Insane asylums in Bengal annual reports 1876-1887 - 1876-1887
Year: 1876
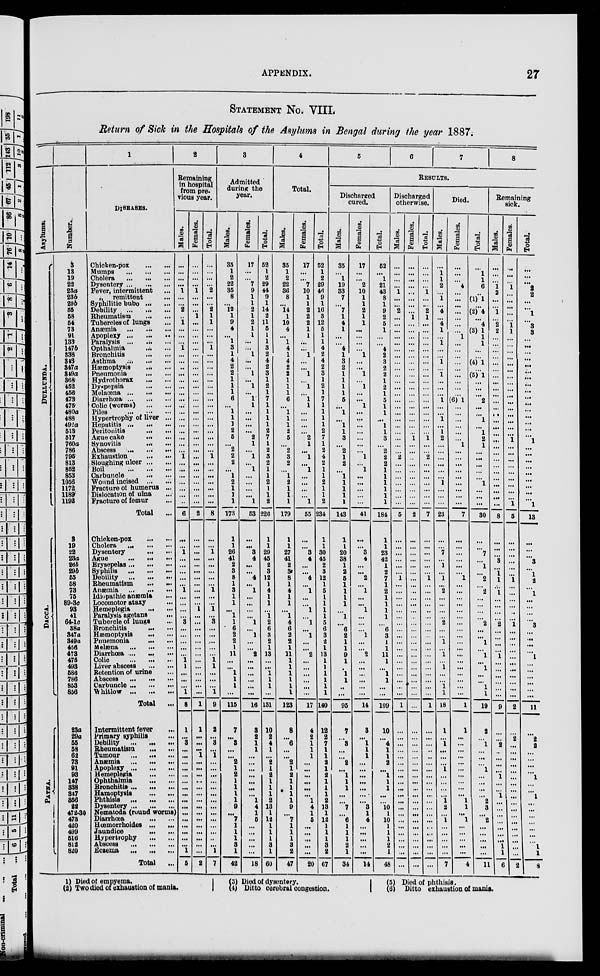
APPENDIX.
27
STATEMENT No. VIII.
Return of Sick in the Hospitals of the Asylums in Bengal during the year 1887.
Asylums.
DULLUNDA.
DACCA.
PATNA.
Number.
3
13
19
22
23a
23b
29b
55
58
54
73
91
133
147b
338
343
347a
349a
368
452
456
473
475
480a
488
492a
513
517
760a
786
795
813
852
853
1056
1172
1189
1192
3
19
22
23a
26b
29b
55
58
73
75
89-3c
93
41
64-1c
38a
347a
349a
456
473
475
493
586
786
853
856
23a
29a
55
58
62
73
91
93
147
338
347
356
22
472-30
473
420
499
516
812
820
1
DISEASES.
Chicken-pox
...
...
Mumps
...
...
...
Cholera
...
...
...
Dysentery ... ... ...
Fever, intermittent ...
„ remittent ...
Syphilitic bubo
...
...
Debility
...
...
...
Rheumatism
...
...
Tubercles of lungs ...
Anæmia
...
...
...
Apoplexy
...
...
...
Paralysis ... ... ...
Opthalmia ... ...
Bronchitis
...
...
Asthma
...
...
...
Hæmoptysis
...
...
Pneumonia
...
...
Hydrothorax
...
...
Dyspepsia
...
...
Melaœna
...
...
...
Diarrhœa
...
...
...
Colic (worms)
...
...
Piles
...
...
...
Hypertrophy of liver ...
Hepatitis ... ... ...
Peritonitis
...
...
Ague cake
...
...
Synovitis
...
...
Abscess
...
...
...
Exhaustion
...
...
Sloughing ulcer ... ...
Boil
...
...
...
Carbuncle
...
...
Wound incised ... ...
Fracture of humerus ...
Dislocation of ulna ...
Fracture of femur ...
Total ...
Chicken-pox
...
...
Cholera
...
...
...
Dysentery
...
...
Ague
...
...
...
Erysepelas...
...
...
Syphilis
...
...
...
Debility
...
...
...
Rheumatism
...
...
Anæmia
...
...
...
Idiopathic anæmia ...
Locomotor ataxy ...
Hemeplegia
...
...
Paralysis agetans
...
Tubercle of lungs ...
Bronchitis
...
...
Hæmoptysis
...
...
Pnuemonia
...
...
Melæna
...
...
...
Diarrhœa ... ... ...
Colic
...
...
...
Liver abscess
...
...
Retention of urine ...
Abscess
...
...
...
Carbuncle ... ... ...
Whitlow ... ... ...
Total ...
Intermittent fever ...
Primary syphilis ...
Debility ... ... ...
Rheumatism ... ...
Tumour
Anemia
Apoplexy
Hemeplegia ... ...
Ophthalmia
Bronohitis ... ... ...
Hamoptysis ... ...
Phthisis
Dysentery
Nematoda (round worms)
Diarrhoea
Hœmorrhoides ... ...
Jaundice ... ...
Hypertrophy
Abscess ... ... ...
Eczema ... ... ...
Total
2
Remaining
in hospital
from pre-
vious year.
Males.
...
...
...
...
1
...
...
2
...
1
...
...
...
1
...
...
...
...
...
...
...
...
...
...
...
...
...
...
...
...
1
...
...
...
...
...
...
...
6
...
...
1
...
...
...
...
...
1
...
...
...
...
3
...
...
...
...
...
1
1
...
...
...
1
8
1
...
3
...
...
...
...
...
...
...
...
...
...
...
...
...
...
...
...
1
5
Females.
...
...
...
...
1
...
...
...
1
...
...
...
...
...
...
...
...
...
...
...
...
...
...
...
...
...
...
...
...
...
...
...
...
...
...
...
...
...
2
...
...
...
...
...
...
...
...
...
...
...
1
...
...
...
...
...
...
...
...
...
...
...
...
...
1
1
...
...
...
1
...
...
...
...
...
...
...
...
...
...
...
...
...
...
...
2
Total.
...
...
...
...
2
...
...
2
1
1
...
...
...
1
...
...
...
...
...
...
...
...
...
...
...
...
...
...
...
...
1
...
...
...
...
...
...
...
8
...
...
1
...
...
...
...
...
1
...
...
1
...
3
...
...
...
...
...
1
1
...
...
...
1
9
2
...
3
...
1
...
...
...
...
...
...
...
...
...
...
...
...
...
...
1
7
3
Admitted
during the
year.
Males.
35
1
2
22
35
8
...
12
1
9
4
...
1
3
1
4
2
2
1
1
1
6
...
1
1
1
2
5
... 2
2
2
...
1
2
1
1
1
173
1
1
26
41
2
3
8
1
3
1
1
...
1
1
6
2
2
1
11
...
...
1
1
1
...
115
7
...
3
...
...
2
1
2
1
1
1
1
9
...
7
1
1
1
3
1
42
Females.
17
...
...
7
9
1
1
2
1
2
1
1
...
...
1
...
...
1
...
1
...
1
1
...
...
...
...
2
1
...
1
...
1
...
...
...
...
1
53
...
...
3
4
...
...
4
...
1
...
...
...
...
1
...
1
...
...
2
...
...
...
...
...
...
16
3
2
1
1
...
...
...
...
...
...
...
1
4
1
5
...
...
...
...
...
18
Total.
52
1
2
29
44
9
1
14
2
11
5
1
1
3
2
4
2
3
1
2
1
7
1
1
1
1
2
7
1
2
3
2
1
1
2
1
1
2
226
1
1
29
45
2
3
12
1
4
1
1
...
1
2
6
3
2
1
13
...
...
1
1
1
...
131
10
2
4
1
...
2
1
2
1
1
1
2
13
1
12
1
1
1
3
1
60
4
Total.
Males.
35
1
2
22
36
8
...
14
1
10
4
...
1
4
1
4
2
2
1
1
1
6
...
1
1
1
2
5
...
2
3
2
...
1
2
1
1
1
179
1
1
27
41
2
3
8
1
4
1
1
...
1
4
6
2
2
1
11
1
1
1
1
1
1
123
8
...
6
...
...
2
1
2
1
1
1
1
9
...
7
1
1
1
3
1
47
Females.
17
...
...
7
10
1
1
2
2
2
1
1
...
...
1
...
...
1
...
1
...
1
1
...
...
...
...
2
1
...
1
...
1
...
...
...
...
1
55
...
...
3 4
...
...
4
...
1
...
...
1
...
1
...
1
...
...
2
...
...
...
...
...
...
17
4
2
1
1
1
...
...
...
...
...
...
1
4
1
5
...
...
...
...
...
20
Total.
52
1
2
29
46
9
1
16
3
12
5
1
1
4
2
4
2
3
1
2
1
7
1
1
1
1
2
7
1
2
4
2
1
1
2
1
1
2
234
1
1
30
45
2
3
12
1
5
1
1
1
1
5
6
3
2
1
13
1
1
1
1
1
1
140
12
2
7
1
1
2
1
2
1
1
1
2
13
1
12
1
1
1
3
1
67
5
6
7
8
RESULTS.
Discharged
cured.
Males.
35
...
1
19
33
7
...
7
1
4
1
...
...
4
1
3
2
1
1
1
1
5
...
1
...
1
1
3
... 2
1
2
...
1
1
1
1
1
143
1
1
20
38
1
2
5
1
1
1
1
...
1
...
6
2
1
1
9
1
...
1
1
...
...
95
7
...
3
...
...
2
...
1
1
1
...
...
7
...
6
1
1
1
2
1
34
Females.
17
...
...
2
10
1
1
2
1
1
...
...
...
...
1
...
...
1
...
1
...
...
1
...
...
...
...
...
...
...
1
...
1
...
...
...
...
...
41
...
...
3
4
...
...
2
... 1
...
...
1
...
...
...
1
...
...
2
...
...
...
...
...
...
14
3
...
1
1
1
...
...
...
...
...
...
...
3
1
4
...
...
...
...
...
14
Total.
52
...
1
21
43
8
1
9
2
5
1
...
...
4
2
3
2
2
1
2
1
5
1
1
...
1
1
3
... 2
2
2
1
1
1
1
1
1
184
1
1
23
42
1
2
7
1
2
1
1
1
1
...
6
3
1
1
11
1
...
1
1
...
...
109
10
...
4
1
1
2
...
1
1
1
...
...
10
1
10
1
1
1
2
1
48
Discharged
otherwise.
Males.
...
...
...
...
1
...
...
2
...
...
...
...
...
...
...
...
...
...
...
...
...
...
...
...
...
...
...
...
...
...
2
...
...
...
...
...
...
...
5
...
...
...
...
...
...
1
...
...
...
...
...
...
...
...
...
...
...
...
...
...
...
...
...
...
1
...
...
...
...
...
...
...
...
...
...
...
...
...
...
...
...
...
...
...
...
...
Females.
...
...
...
...
...
...
...
...
1
...
...
...
...
...
...
...
...
...
...
...
...
...
...
...
...
...
...
1
...
...
...
...
...
...
...
...
...
...
2
...
...
...
...
...
...
...
...
...
...
...
...
...
...
...
...
...
...
...
...
...
...
...
...
...
...
...
...
...
...
...
...
...
...
...
...
...
...
...
...
...
...
...
...
...
...
...
Total.
...
...
...
...
1
...
...
2
1
...
...
...
...
...
...
...
...
...
...
...
...
...
...
...
...
...
...
1
...
...
2
...
...
...
...
...
...
...
7
...
...
...
...
...
...
1
...
...
...
...
...
...
...
...
...
...
...
...
...
...
...
...
...
...
1
...
...
...
...
...
...
...
...
...
...
...
...
...
...
...
...
...
...
...
...
...
Died.
Males.
...
1
1
2
...
1
...
4
...
4
1
...
1
...
...
1
...
1
...
...
...
1
...
...
1
...
1
2
...
...
...
...
...
...
1
...
...
...
23
...
...
7
...
1
...
1
...
2
...
...
...
...
2
...
...
1
...
1
...
1
...
...
1
1
18
1
...
1
...
...
...
1
...
...
...
...
1
2
...
1
...
...
...
...
...
7
Females.
...
...
...
4
...
...
...
...
...
...
...
1
...
...
...
...
...
...
...
...
...
(6) 1
...
...
...
...
...
...
1
...
...
...
...
...
...
...
...
...
7
...
...
...
...
...
...
1
...
...
...
...
...
...
...
...
...
...
...
...
...
...
...
...
...
...
1
1
...
...
...
...
...
...
...
...
...
1
1
...
1
...
...
...
...
...
4
Total.
...
1
1
6
...
(1) 1
...
(2) 4
...
4
(3) 1
1
1
...
...
(4) 1
...
(5) 1
...
...
...
2
...
...
1
...
1
2
1
...
...
...
...
...
1
...
...
...
30
...
...
7
...
1
...
2
...
2
...
...
...
...
2
...
...
1
...
1
...
1
...
...
1
1
19
2
...
1
...
...
...
1
...
...
...
...
2
3
...
2
...
...
...
...
...
11
Remaining
sick.
Males.
...
...
...
1
2
...
...
1
...
2
2
...
...
...
...
...
...
...
...
...
...
...
...
...
...
...
...
...
... ...
...
...
...
...
...
...
...
...
8
...
...
...
3
...
1
1
...
1
...
...
...
...
2
...
...
...
...
1
...
...
...
...
...
...
9
...
...
2
...
...
...
...
1
...
...
1
...
...
...
...
...
...
...
1
1
6
Females.
...
...
...
1
...
...
...
...
...
1
1
...
...
...
...
...
...
...
...
...
...
...
...
...
...
...
...
1
...
...
...
...
...
...
...
...
...
1
5
...
...
...
...
...
...
1
...
...
...
...
...
...
1
...
...
...
...
...
...
...
...
...
...
...
2
...
2
...
...
...
...
...
...
...
...
...
...
...
...
...
...
...
...
...
...
2
Total.
...
...
...
2
2
...
...
1
...
3
3
...
...
...
...
...
...
...
...
...
...
...
...
...
...
...
...
1
...
...
...
...
...
...
...
...
...
1
13
...
...
...
3
...
1
2
...
1
...
...
...
3
...
...
...
...
1
...
...
...
...
...
...
11
...
2
2
...
...
...
...
1
...
...
1
...
...
...
...
...
...
...
1
1
8
(1) Died of empyema.
(2) Two died of exhaustion of mania.
(3) Died of dysentery.
(4) Ditto cerebral congestion.
(5) Died of phthisis.
(6) Ditto exhaustion of mania.